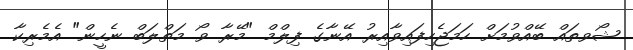
ޝޯވތައް ބޭއްވުމަށް ހަމަޖެހިފައިވާއިރު އޭނާގެ ފިލްމް "މޭރާ ވޯ މަތްލަބް ނެހީން" އެމެރިކާ